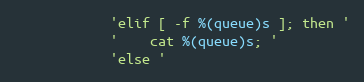
Language: Python
            'elif [ -f %(queue)s ]; then '
            '    cat %(queue)s; '
            'else '